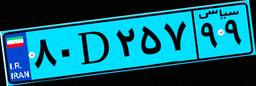
۹۸D۶۰۸۷۳